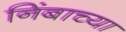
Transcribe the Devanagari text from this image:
निंबाच्या